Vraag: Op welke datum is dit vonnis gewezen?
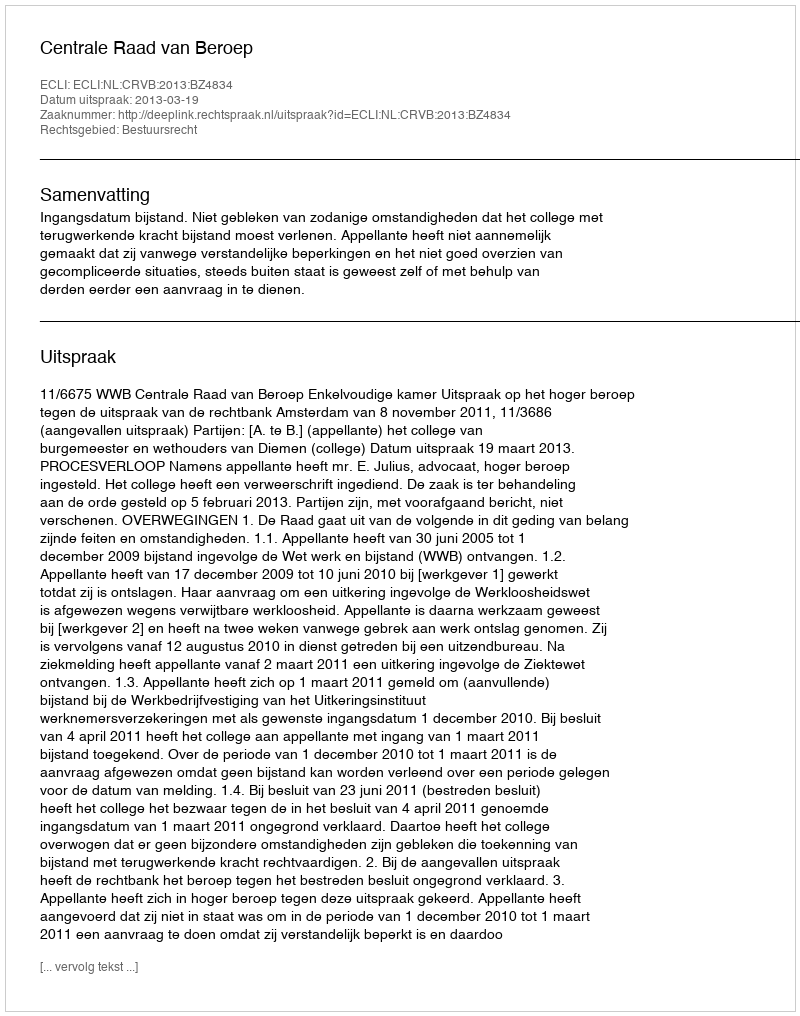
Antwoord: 2013-03-19